Indian journal of veterinary science and animal husbandry - Volumes 26-27, 1956-1957
Year: 1956
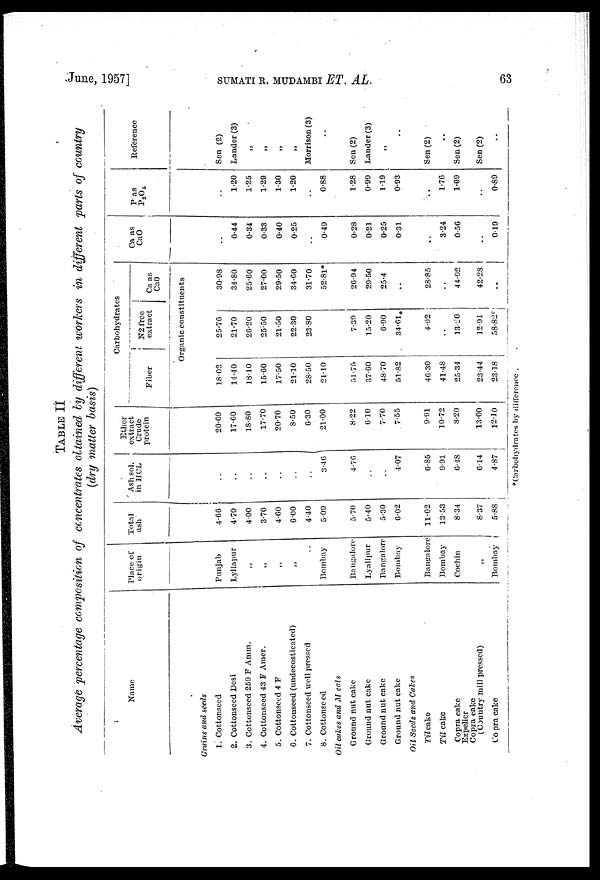
June, 1957] SUMATI R. MUDAMBI ET. AL.
63
TABLE II
Average percentage composition of concentrates obtained by different workers in different parts of country
(dry matter basis)
Name
Grains and seeds
1. Cottonseed
2. Cottonseed Desi
3. Cottonseed 259 P Amm.
4. Cottonseed 43 F Amer.
5. Cottonseed 4 F
C. Cottonseed (undecosticated)
7. Cottonseed well pressed
8. Cottonseed
Oil cakes and M eals
Ground nut cake
Ground nut cake
Ground nut cake
Ground nut cake
Oil Seeds and Cakes
Til cake
Til cake
Copra cake
Ezpelier
Copra cake
(Country mill pressed)
Co pra cake
Place of
origin
Punjab
Lyllapur
„
„
„
„
..
Bombay
Bangalore
Lyallpur
Bangalore
Bombay
Bangalore
Bombay
Cochin
„
Bombay
Total
ash
4.66
4.70
4.00
3.70
4.60
6.00
4.40
5.09
5.70
5.40
5.30
6.02
11.02
13.53
8.34
8.37
5.88
Ash sol.
in HCL
..
..
..
..
..
..
..
3.46
4.76
..
..
4.07
6.85
9.91
6.48
6.14
4.87
Ether
extract
Crude
protein
20.60
17.60
18.80
17.70
20.70
8.50
6.30
21.00
8.22
6.10
7.70
7.55
9.91
10.72
8.20
13.00
12.10
Carbohydrates
Fiber
N2
free
extract
Ca as
CaO
Organic constituents
18.02
14.40
18.10
15.60
17.50
21.10
28.50
21.10
51.75
37.60
48.70
51.82
46.30
41.48
25.34
23.44
23.18
25.76
21.70
2G.20
25.50
21.50
22.30
23.80
7.39
15.20
6.90
34.61*
4.92
..
13.20
12.91
58.82*
30.98
34.80
25.60
27.00
29.50
34.60
31.70
52.81*
26.94
29.50
25.4
..
28.85
..
44.92
42.28
..
Ca as
CaO
..
0.44
0.34
0.33
0.40
0.25
..
0.49
0.28
0.21
0.25
0.31
..
3.24
0.56
..
0.19
P as
P2O5
..
1.20
1.25
1.29
1.30
1.20
..
0.88
1.28
0.99
1.19
0.93
..
1.76
1.69
..
0.89
Reference
Sen (2)
Lander (3)
„
„
„
„
Morrison (3)
..
Sen (2)
Lander (3)
„
..
Sen (2)
..
Sen (2)
Sen (2)
..
*Carbohydrates by difference